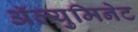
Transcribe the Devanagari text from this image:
अॅल्युमिनेट